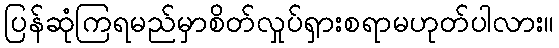
ပြန်ဆုံကြရမည်မှာစိတ်လှုပ်ရှားစရာမဟုတ်ပါလား။